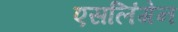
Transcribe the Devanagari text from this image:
एसलिंगेन